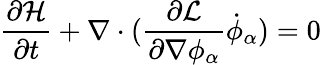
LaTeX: {\frac{\partial{\mathcal{H}}}{\partial t}}+\nabla\cdot({\frac{\partial{\mathcal{L}}}{\partial\nabla\phi_{\alpha}}}{\dot{\phi}}_{\alpha})=0